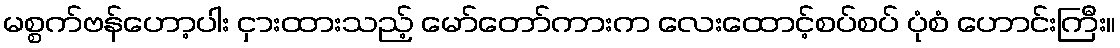
မစ္စက်ဗန်ဟော့ပါး ငှားထားသည့် မော်တော်ကားက လေးထောင့်စပ်စပ် ပုံစံ ဟောင်းကြီး။